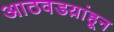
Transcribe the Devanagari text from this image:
आठवडय़ांहून